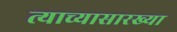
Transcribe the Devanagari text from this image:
त्याच्यासारख्या